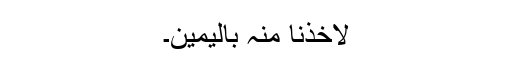
لَاَخَذْنَا مِنْہُ بِالْیَمِیْنِ۔